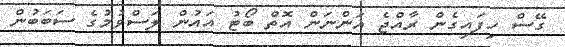
ގޭސް ހިފައިގެން ރާއްޖެ އަންނަން އޮތް ބޯޓު އައުން ލަސްވުމުގެ ސަބަބުން